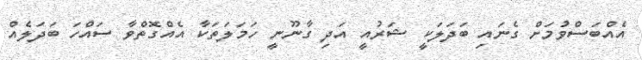
އެއްބަސްވުމަށް ގެނައި ބަދަލަކީ ޝަރުއީ އަދި ގާނޫނީ ހަމަލަތަކާ އެއްގޮތްވާ ސައްހަ ބަދަލެއް